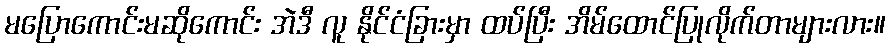
မပြောကောင်းမဆိုကောင်း အဲဒီ လူ နိုင်ငံခြားမှာ ထပ်ပြီး အိမ်ထောင်ပြုလိုက်တာများလား။